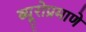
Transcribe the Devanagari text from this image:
ब्यूरोप्रमाणे